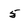
Character: 5